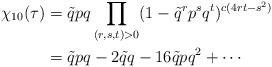
LaTeX: \begin{align*} \begin{aligned}\chi_{10}(\tau)& =\tilde{q} p q\prod\limits_{(r,s,t)> 0} (1-\tilde{q}^rp^s q^t)^{c(4rt-s^2)} \\&=\tilde{q}pq-2\tilde{q}q-16 \tilde{q}pq^2+\cdots \end{aligned}\end{align*}